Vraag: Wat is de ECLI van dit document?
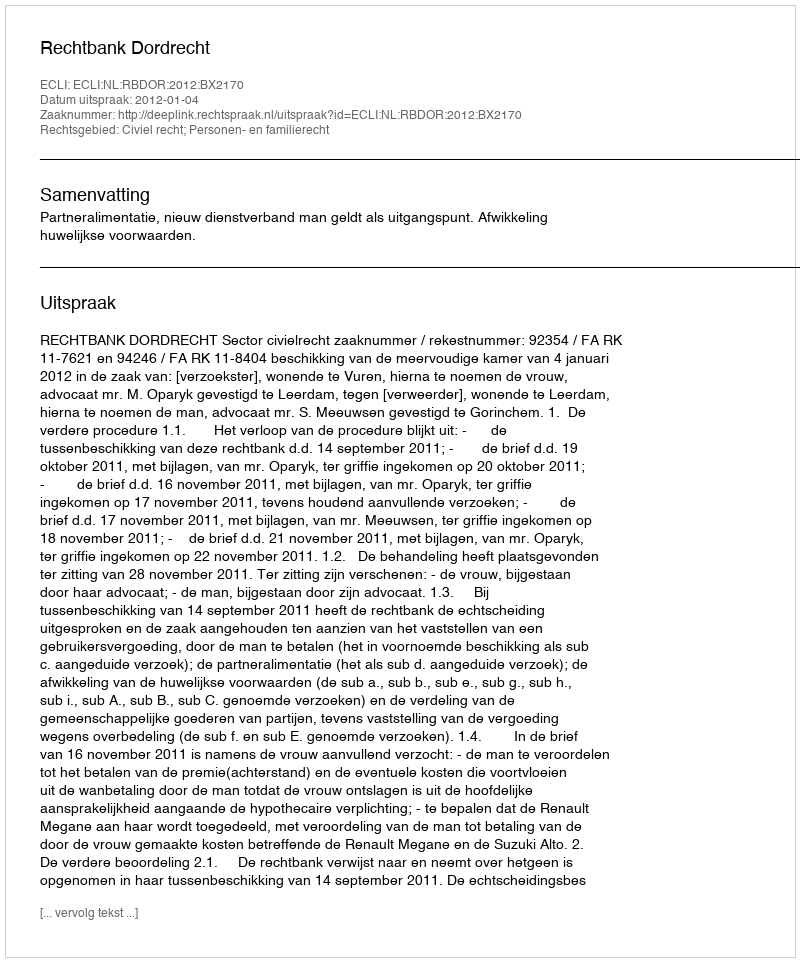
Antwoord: ECLI:NL:RBDOR:2012:BX2170